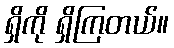
ရှိကို ရှိကြတယ်။